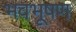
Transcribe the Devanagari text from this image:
भवभूषण